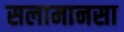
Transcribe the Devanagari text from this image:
सलामानसा